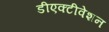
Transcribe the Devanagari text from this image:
डीएक्टीवेशन